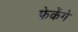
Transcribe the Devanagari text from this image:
फेकेंगे